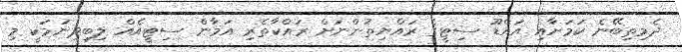
ދެމިތިބޭނެ ކަމަށާއި އައްޑޫ ސިޓީގެ ރައްޔިތުންނަށް ރައްކާތެރި އަމާން ސިޓީއެއް ލިބިދިނުމަކީ މި